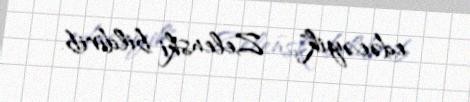
edəcəyik", - Zelenski bildirib.